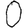
Digit: 0